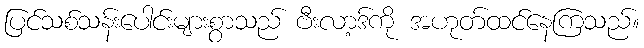
ပြင်သစ်သန်းပေါင်းများစွာသည် ဗီးလာ့ဒ်ကို အဟုတ်ထင်နေကြသည်။